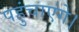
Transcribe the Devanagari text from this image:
पहुंचाएंगे।